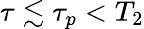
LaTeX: \tau\lesssim\tau_{p}<T_{2}